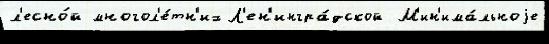
л'есно́й многол'е́тн'их Л'ен'ингра́дской М'ин'има́льноjе